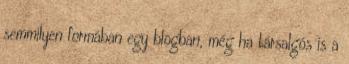
semmilyen formában egy blogban, még ha társalgós is a